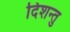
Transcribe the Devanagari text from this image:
दिशन्तु